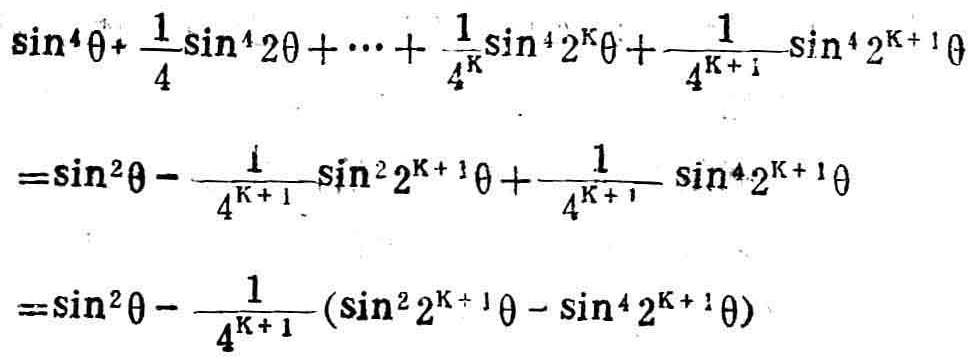
\[\begin{align*}
&\sin^{4}\theta+\frac{1}{4}\sin^{4}2\theta+\cdots+\frac{1}{4^{K}}\sin^{4}2^{K}\theta+\frac{1}{4^{K + 1}}\sin^{4}2^{K + 1}\theta\\
=&\sin^{2}\theta-\frac{1}{4^{K + 1}}\sin^{2}2^{K + 1}\theta+\frac{1}{4^{K + 1}}\sin^{4}2^{K + 1}\theta\\
=&\sin^{2}\theta-\frac{1}{4^{K + 1}}(\sin^{2}2^{K + 1}\theta-\sin^{4}2^{K + 1}\theta)
\end{align*}\]